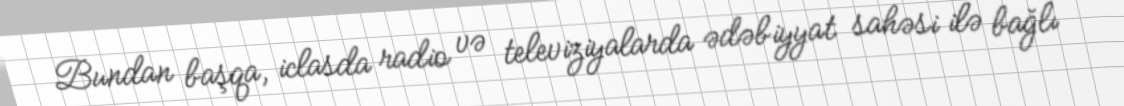
Bundan başqa, iclasda radio və televiziyalarda ədəbiyyat sahəsi ilə bağlı